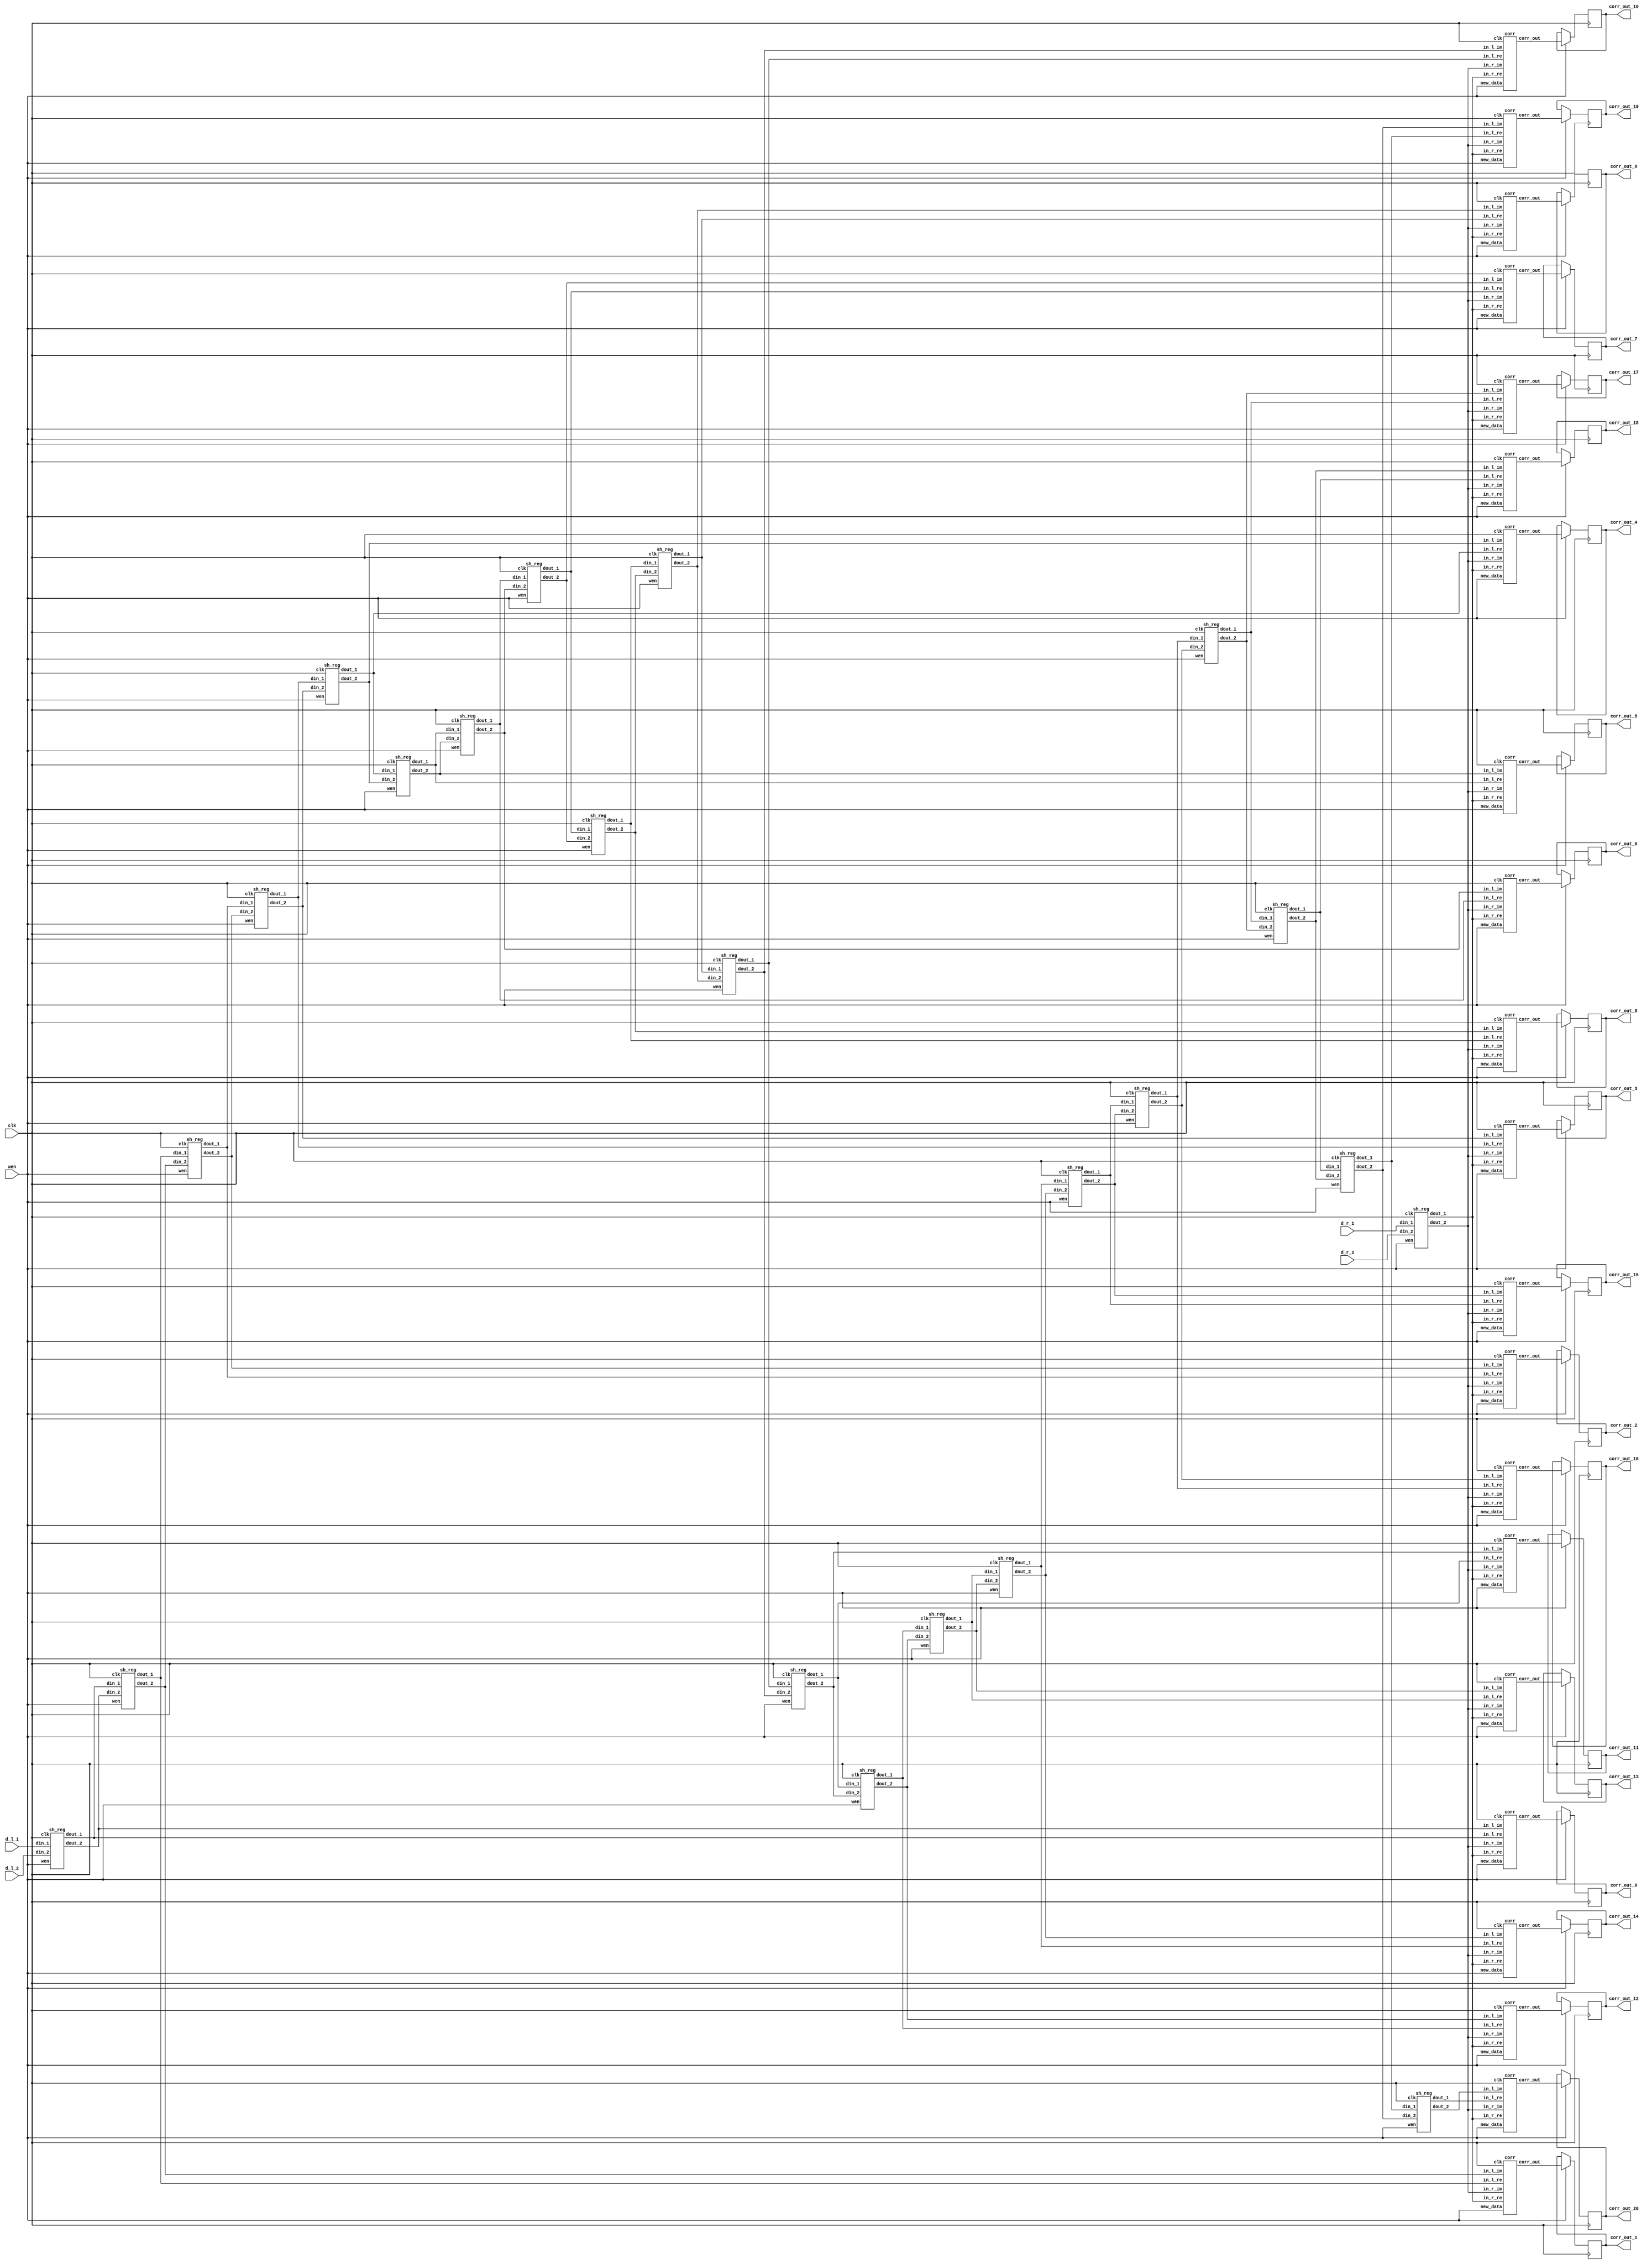

module wrapper_corr_20 (clk, wen, d_l_1, d_l_2, d_r_1, d_r_2, corr_out_0, corr_out_1, corr_out_2, corr_out_3, corr_out_4, corr_out_5, corr_out_6, corr_out_7, corr_out_8, corr_out_9, corr_out_10, corr_out_11, corr_out_12, corr_out_13, corr_out_14, corr_out_15, corr_out_16, corr_out_17, corr_out_18, corr_out_19, corr_out_20);

   parameter sh_reg_w  = 4'b1000;
   input clk; 
   input wen; 
   input[7:0] d_l_1; 
   input[7:0] d_l_2; 
   input[7:0] d_r_1; 
   input[7:0] d_r_2; 
   output[2 * sh_reg_w - 1:0] corr_out_0; 
   reg[2 * sh_reg_w - 1:0] corr_out_0;
   output[2 * sh_reg_w - 1:0] corr_out_1; 
   reg[2 * sh_reg_w - 1:0] corr_out_1;
   output[2 * sh_reg_w - 1:0] corr_out_2; 
   reg[2 * sh_reg_w - 1:0] corr_out_2;
   output[2 * sh_reg_w - 1:0] corr_out_3; 
   reg[2 * sh_reg_w - 1:0] corr_out_3;
   output[2 * sh_reg_w - 1:0] corr_out_4; 
   reg[2 * sh_reg_w - 1:0] corr_out_4;
   output[2 * sh_reg_w - 1:0] corr_out_5; 
   reg[2 * sh_reg_w - 1:0] corr_out_5;
   output[2 * sh_reg_w - 1:0] corr_out_6; 
   reg[2 * sh_reg_w - 1:0] corr_out_6;
   output[2 * sh_reg_w - 1:0] corr_out_7; 
   reg[2 * sh_reg_w - 1:0] corr_out_7;
   output[2 * sh_reg_w - 1:0] corr_out_8; 
   reg[2 * sh_reg_w - 1:0] corr_out_8;
   output[2 * sh_reg_w - 1:0] corr_out_9; 
   reg[2 * sh_reg_w - 1:0] corr_out_9;
   output[2 * sh_reg_w - 1:0] corr_out_10; 
   reg[2 * sh_reg_w - 1:0] corr_out_10;
   output[2 * sh_reg_w - 1:0] corr_out_11; 
   reg[2 * sh_reg_w - 1:0] corr_out_11;
   output[2 * sh_reg_w - 1:0] corr_out_12; 
   reg[2 * sh_reg_w - 1:0] corr_out_12;
   output[2 * sh_reg_w - 1:0] corr_out_13; 
   reg[2 * sh_reg_w - 1:0] corr_out_13;
   output[2 * sh_reg_w - 1:0] corr_out_14; 
   reg[2 * sh_reg_w - 1:0] corr_out_14;
   output[2 * sh_reg_w - 1:0] corr_out_15; 
   reg[2 * sh_reg_w - 1:0] corr_out_15;
   output[2 * sh_reg_w - 1:0] corr_out_16; 
   reg[2 * sh_reg_w - 1:0] corr_out_16;
   output[2 * sh_reg_w - 1:0] corr_out_17; 
   reg[2 * sh_reg_w - 1:0] corr_out_17;
   output[2 * sh_reg_w - 1:0] corr_out_18; 
   reg[2 * sh_reg_w - 1:0] corr_out_18;
   output[2 * sh_reg_w - 1:0] corr_out_19; 
   reg[2 * sh_reg_w - 1:0] corr_out_19;
   output[2 * sh_reg_w - 1:0] corr_out_20; 
   reg[2 * sh_reg_w - 1:0] corr_out_20;

   wire[sh_reg_w - 1:0] out_r1; 
   wire[sh_reg_w - 1:0] out_01; 

   wire[sh_reg_w - 1:0] out_11; 
   wire[sh_reg_w - 1:0] out_21; 
   wire[sh_reg_w - 1:0] out_31; 
   wire[sh_reg_w - 1:0] out_41; 
   wire[sh_reg_w - 1:0] out_51; 
   wire[sh_reg_w - 1:0] out_61; 
   wire[sh_reg_w - 1:0] out_71; 
   wire[sh_reg_w - 1:0] out_81; 
   wire[sh_reg_w - 1:0] out_91; 
   wire[sh_reg_w - 1:0] out_101; 
   wire[sh_reg_w - 1:0] out_111; 
   wire[sh_reg_w - 1:0] out_121; 
   wire[sh_reg_w - 1:0] out_131; 
   wire[sh_reg_w - 1:0] out_141; 
   wire[sh_reg_w - 1:0] out_151; 
   wire[sh_reg_w - 1:0] out_161; 
   wire[sh_reg_w - 1:0] out_171; 
   wire[sh_reg_w - 1:0] out_181; 
   wire[sh_reg_w - 1:0] out_191; 
   wire[sh_reg_w - 1:0] out_201; 
   wire[sh_reg_w - 1:0] out_r2; 
   wire[sh_reg_w - 1:0] out_02; 
   wire[sh_reg_w - 1:0] out_12; 
   wire[sh_reg_w - 1:0] out_22; 
   wire[sh_reg_w - 1:0] out_32; 
   wire[sh_reg_w - 1:0] out_42; 
   wire[sh_reg_w - 1:0] out_52; 
   wire[sh_reg_w - 1:0] out_62; 
   wire[sh_reg_w - 1:0] out_72; 
   wire[sh_reg_w - 1:0] out_82; 
   wire[sh_reg_w - 1:0] out_92; 
   wire[sh_reg_w - 1:0] out_102; 
   wire[sh_reg_w - 1:0] out_112; 
   wire[sh_reg_w - 1:0] out_122; 
   wire[sh_reg_w - 1:0] out_132; 
   wire[sh_reg_w - 1:0] out_142; 
   wire[sh_reg_w - 1:0] out_152; 
   wire[sh_reg_w - 1:0] out_162; 
   wire[sh_reg_w - 1:0] out_172; 
   wire[sh_reg_w - 1:0] out_182; 
   wire[sh_reg_w - 1:0] out_192; 
   wire[sh_reg_w - 1:0] out_202; 
   wire[2 * sh_reg_w - 1:0] corr_out_0_tmp; 
   wire[2 * sh_reg_w - 1:0] corr_out_1_tmp; 
   wire[2 * sh_reg_w - 1:0] corr_out_2_tmp; 
   wire[2 * sh_reg_w - 1:0] corr_out_3_tmp; 
   wire[2 * sh_reg_w - 1:0] corr_out_4_tmp; 
   wire[2 * sh_reg_w - 1:0] corr_out_5_tmp; 
   wire[2 * sh_reg_w - 1:0] corr_out_6_tmp; 
   wire[2 * sh_reg_w - 1:0] corr_out_7_tmp; 
   wire[2 * sh_reg_w - 1:0] corr_out_8_tmp; 
   wire[2 * sh_reg_w - 1:0] corr_out_9_tmp; 
   wire[2 * sh_reg_w - 1:0] corr_out_10_tmp; 
   wire[2 * sh_reg_w - 1:0] corr_out_11_tmp; 
   wire[2 * sh_reg_w - 1:0] corr_out_12_tmp; 
   wire[2 * sh_reg_w - 1:0] corr_out_13_tmp; 
   wire[2 * sh_reg_w - 1:0] corr_out_14_tmp; 
   wire[2 * sh_reg_w - 1:0] corr_out_15_tmp; 
   wire[2 * sh_reg_w - 1:0] corr_out_16_tmp; 
   wire[2 * sh_reg_w - 1:0] corr_out_17_tmp; 
   wire[2 * sh_reg_w - 1:0] corr_out_18_tmp; 
   wire[2 * sh_reg_w - 1:0] corr_out_19_tmp; 
   wire[2 * sh_reg_w - 1:0] corr_out_20_tmp; 

   sh_reg  inst_sh_reg_r_1(clk, wen, d_r_1, d_r_2, out_r1, out_r2); 
   sh_reg  inst_sh_reg_0(clk, wen, d_l_1, d_l_2, out_01, out_02); 
   sh_reg  inst_sh_reg_1(clk, wen, out_01, out_02, out_11, out_12); 
   sh_reg  inst_sh_reg_2(clk, wen, out_11, out_12, out_21, out_22); 
   sh_reg  inst_sh_reg_3(clk, wen, out_21, out_22, out_31, out_32); 
   sh_reg  inst_sh_reg_4(clk, wen, out_31, out_32, out_41, out_42); 
   sh_reg  inst_sh_reg_5(clk, wen, out_41, out_42, out_51, out_52); 
   sh_reg  inst_sh_reg_6(clk, wen, out_51, out_52, out_61, out_62); 
   sh_reg  inst_sh_reg_7(clk, wen, out_61, out_62, out_71, out_72); 
   sh_reg  inst_sh_reg_8(clk, wen, out_71, out_72, out_81, out_82); 
   sh_reg  inst_sh_reg_9(clk, wen, out_81, out_82, out_91, out_92); 
   sh_reg  inst_sh_reg_10(clk, wen, out_91, out_92, out_101, out_102); 
   sh_reg  inst_sh_reg_11(clk, wen, out_101, out_102, out_111, out_112); 
   sh_reg  inst_sh_reg_12(clk, wen, out_111, out_112, out_121, out_122); 
   sh_reg  inst_sh_reg_13(clk, wen, out_121, out_122, out_131, out_132); 
   sh_reg  inst_sh_reg_14(clk, wen, out_131, out_132, out_141, out_142); 
   sh_reg  inst_sh_reg_15(clk, wen, out_141, out_142, out_151, out_152); 
   sh_reg  inst_sh_reg_16(clk, wen, out_151, out_152, out_161, out_162); 
   sh_reg  inst_sh_reg_17(clk, wen, out_161, out_162, out_171, out_172); 
   sh_reg  inst_sh_reg_18(clk, wen, out_171, out_172, out_181, out_182); 
   sh_reg  inst_sh_reg_19(clk, wen, out_181, out_182, out_191, out_192); 
   sh_reg  inst_sh_reg_20(clk, wen, out_191, out_192, out_201, out_202); 
   corr  inst_corr_0(clk, wen, out_01, out_02, out_r1, out_r2, corr_out_0_tmp); 
   corr  inst_corr_1(clk, wen, out_11, out_12, out_r1, out_r2, corr_out_1_tmp); 
   corr  inst_corr_2(clk, wen, out_21, out_22, out_r1, out_r2, corr_out_2_tmp); 
   corr  inst_corr_3(clk, wen, out_31, out_32, out_r1, out_r2, corr_out_3_tmp); 
   corr  inst_corr_4(clk, wen, out_41, out_42, out_r1, out_r2, corr_out_4_tmp); 
   corr  inst_corr_5(clk, wen, out_51, out_52, out_r1, out_r2, corr_out_5_tmp); 
   corr  inst_corr_6(clk, wen, out_61, out_62, out_r1, out_r2, corr_out_6_tmp); 
   corr  inst_corr_7(clk, wen, out_71, out_72, out_r1, out_r2, corr_out_7_tmp); 
   corr  inst_corr_8(clk, wen, out_81, out_82, out_r1, out_r2, corr_out_8_tmp); 
   corr  inst_corr_9(clk, wen, out_91, out_92, out_r1, out_r2, corr_out_9_tmp); 
   corr  inst_corr_10(clk, wen, out_101, out_102, out_r1, out_r2, corr_out_10_tmp); 
   corr  inst_corr_11(clk, wen, out_111, out_112, out_r1, out_r2, corr_out_11_tmp); 
   corr  inst_corr_12(clk, wen, out_121, out_122, out_r1, out_r2, corr_out_12_tmp); 
   corr  inst_corr_13(clk, wen, out_131, out_132, out_r1, out_r2, corr_out_13_tmp); 
   corr  inst_corr_14(clk, wen, out_141, out_142, out_r1, out_r2, corr_out_14_tmp); 
   corr  inst_corr_15(clk, wen, out_151, out_152, out_r1, out_r2, corr_out_15_tmp); 
   corr  inst_corr_16(clk, wen, out_161, out_162, out_r1, out_r2, corr_out_16_tmp); 
   corr  inst_corr_17(clk, wen, out_171, out_172, out_r1, out_r2, corr_out_17_tmp); 
   corr  inst_corr_18(clk, wen, out_181, out_182, out_r1, out_r2, corr_out_18_tmp); 
   corr  inst_corr_19(clk, wen, out_191, out_192, out_r1, out_r2, corr_out_19_tmp); 
   corr  inst_corr_20(clk, wen, out_201, out_202, out_r1, out_r2, corr_out_20_tmp); 

   always @(posedge clk)
   begin
      if (wen == 1'b1)
         begin
            corr_out_0 <= corr_out_0_tmp ; 
            corr_out_1 <= corr_out_1_tmp ; 
            corr_out_2 <= corr_out_2_tmp ; 
            corr_out_3 <= corr_out_3_tmp ; 
            corr_out_4 <= corr_out_4_tmp ; 
            corr_out_5 <= corr_out_5_tmp ; 
            corr_out_6 <= corr_out_6_tmp ; 
            corr_out_7 <= corr_out_7_tmp ; 
            corr_out_8 <= corr_out_8_tmp ; 
            corr_out_9 <= corr_out_9_tmp ; 
            corr_out_10 <= corr_out_10_tmp ; 
            corr_out_11 <= corr_out_11_tmp ; 
            corr_out_12 <= corr_out_12_tmp ; 
            corr_out_13 <= corr_out_13_tmp ; 
            corr_out_14 <= corr_out_14_tmp ; 
            corr_out_15 <= corr_out_15_tmp ; 
            corr_out_16 <= corr_out_16_tmp ; 
            corr_out_17 <= corr_out_17_tmp ; 
            corr_out_18 <= corr_out_18_tmp ; 
            corr_out_19 <= corr_out_19_tmp ; 
            corr_out_20 <= corr_out_20_tmp ; 
         end 
         else
         begin
            corr_out_0 <= corr_out_0; 
            corr_out_1 <= corr_out_1; 
            corr_out_2 <= corr_out_2; 
            corr_out_3 <= corr_out_3; 
            corr_out_4 <= corr_out_4; 
            corr_out_5 <= corr_out_5; 
            corr_out_6 <= corr_out_6; 
            corr_out_7 <= corr_out_7; 
            corr_out_8 <= corr_out_8; 
            corr_out_9 <= corr_out_9; 
            corr_out_10 <= corr_out_10; 
            corr_out_11 <= corr_out_11; 
            corr_out_12 <= corr_out_12; 
            corr_out_13 <= corr_out_13; 
            corr_out_14 <= corr_out_14; 
            corr_out_15 <= corr_out_15; 
            corr_out_16 <= corr_out_16; 
            corr_out_17 <= corr_out_17; 
            corr_out_18 <= corr_out_18; 
            corr_out_19 <= corr_out_19; 
            corr_out_20 <= corr_out_20; 
         end 
   end 
endmodule

module corr (clk, new_data, in_l_re, in_l_im, in_r_re, in_r_im, corr_out);

    parameter sh_reg_w  = 4'b1000;
    input clk; 
    input new_data; 
    input[sh_reg_w - 1:0] in_l_re; 
    input[sh_reg_w - 1:0] in_l_im; 
    input[sh_reg_w - 1:0] in_r_re; 
    input[sh_reg_w - 1:0] in_r_im; 
    output[2 * sh_reg_w - 1:0] corr_out; 
    reg[2 * sh_reg_w - 1:0] corr_out;
    wire[sh_reg_w - 1:0] in_l_re_reg; 
    wire[sh_reg_w - 1:0] in_l_im_reg; 
    wire[sh_reg_w - 1:0] in_r_re_reg; 
    wire[sh_reg_w - 1:0] in_r_im_reg; 
    reg[2 * sh_reg_w - 1:0] lrexrre_reg; 
    reg[2 * sh_reg_w - 1:0] limxrim_reg; 
    reg[2 * sh_reg_w - 1:0] corr_out_tmp; 

    always @(posedge clk)
    begin
			// PAJ - edf xilinx files converted to multiply 
			lrexrre_reg <= in_l_re * in_r_re;
			limxrim_reg <= in_l_im * in_r_im;

          if (new_data == 1'b1)
          begin
             corr_out <= corr_out_tmp ; 
          end 
          else
          begin
             corr_out <= corr_out; 
          end 
          corr_out_tmp <= lrexrre_reg + limxrim_reg ; 
    end 
 endmodule

module sh_reg (clk, wen, din_1, din_2, dout_1, dout_2);

   parameter sh_reg_w  = 4'b1000;
   input clk; 
   input wen; 
   input[sh_reg_w - 1:0] din_1; 
   input[sh_reg_w - 1:0] din_2; 
   output[sh_reg_w - 1:0] dout_1; 
   reg[sh_reg_w - 1:0] dout_1;
   output[sh_reg_w - 1:0] dout_2; 
   reg[sh_reg_w - 1:0] dout_2;

   always @(posedge clk)
   begin
         if (wen == 1'b1)
         begin
            dout_1 <= din_1 ; 
            dout_2 <= din_2 ; 
         end 
		else
		begin
            dout_1 <= dout_1 ; 
            dout_2 <= dout_2 ; 
		end
   end 
endmodule